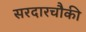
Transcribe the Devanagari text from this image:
सरदारचौकी